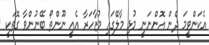
އެކަންވީމަ ދެން އޮންނަނީ މުޅި މާލޭގައި މުޒާހަރާ އެއީ ނޫންތޯ ބޭނުންވާ ގޮތަކީ